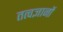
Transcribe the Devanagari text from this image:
तत्वज्ञानों